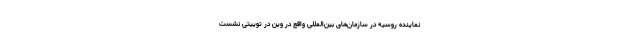
نماینده روسیه در سازمان‌های بین‌المللی واقع در وین در توییتی نشست